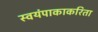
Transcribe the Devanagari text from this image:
स्वयंपाकाकरिता